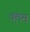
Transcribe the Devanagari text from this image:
प़ॅलॆस्